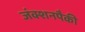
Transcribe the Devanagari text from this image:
जंक्शनपैकी